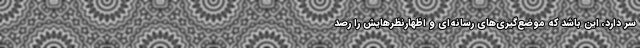
سر دارد، این باشد که موضع‌گیری‌های رسانه‌ای و اظهارنظرهایش را رصد